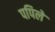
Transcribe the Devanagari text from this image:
पपिले